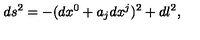
d s ^ { 2 } = - ( d x ^ { 0 } + a _ { j } d x ^ { j } ) ^ { 2 } + d l ^ { 2 } ,